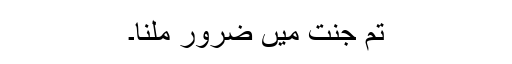
تم جنت میں ضرور ملنا۔